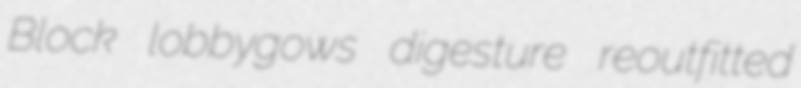
Block lobbygows digesture reoutfitted